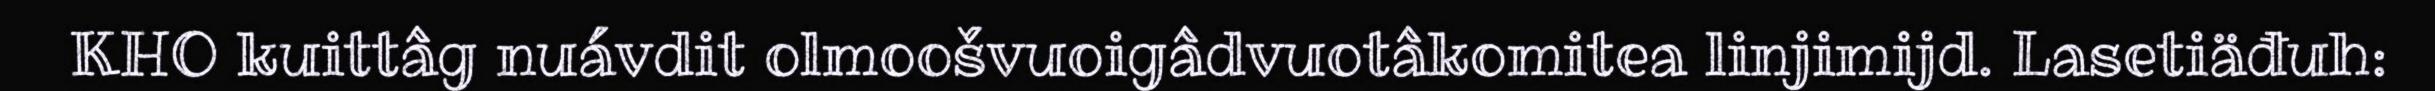
KHO kuittâg nuávdit olmoošvuoigâdvuotâkomitea linjimijd. Lasetiäđuh: